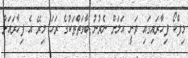
މިފްކޯ ފިހާރައިގައި ވަނީ އަލަށް ނެރުނު ބާވަތްތަކުގެ ރަހަ މިރޭ އެ ފިހާރައަށް